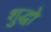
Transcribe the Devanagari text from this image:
शुद्धो